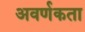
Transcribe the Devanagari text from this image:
अवर्णकता